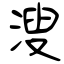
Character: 溲